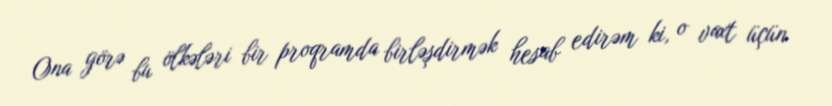
Ona görə bu ölkələri bir proqramda birləşdirmək hesab edirəm ki, o vaxt üçün